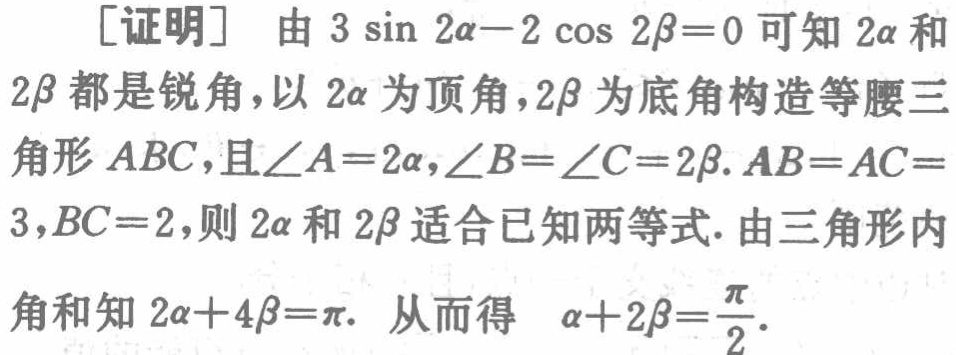
[证明] 由 \(3\sin 2\alpha - 2\cos 2\beta = 0\) 可知 \(2\alpha\) 和 \(2\beta\) 都是锐角，以 \(2\alpha\) 为顶角，\(2\beta\) 为底角构造等腰三角形 \(ABC\)，且\(\angle A = 2\alpha\)，\(\angle B=\angle C = 2\beta\). \(AB = AC = 3\)，\(BC = 2\)，则 \(2\alpha\) 和 \(2\beta\) 适合已知两等式. 由三角形内角和知 \(2\alpha + 4\beta=\pi\). 从而得 \(\alpha + 2\beta=\frac{\pi}{2}\).